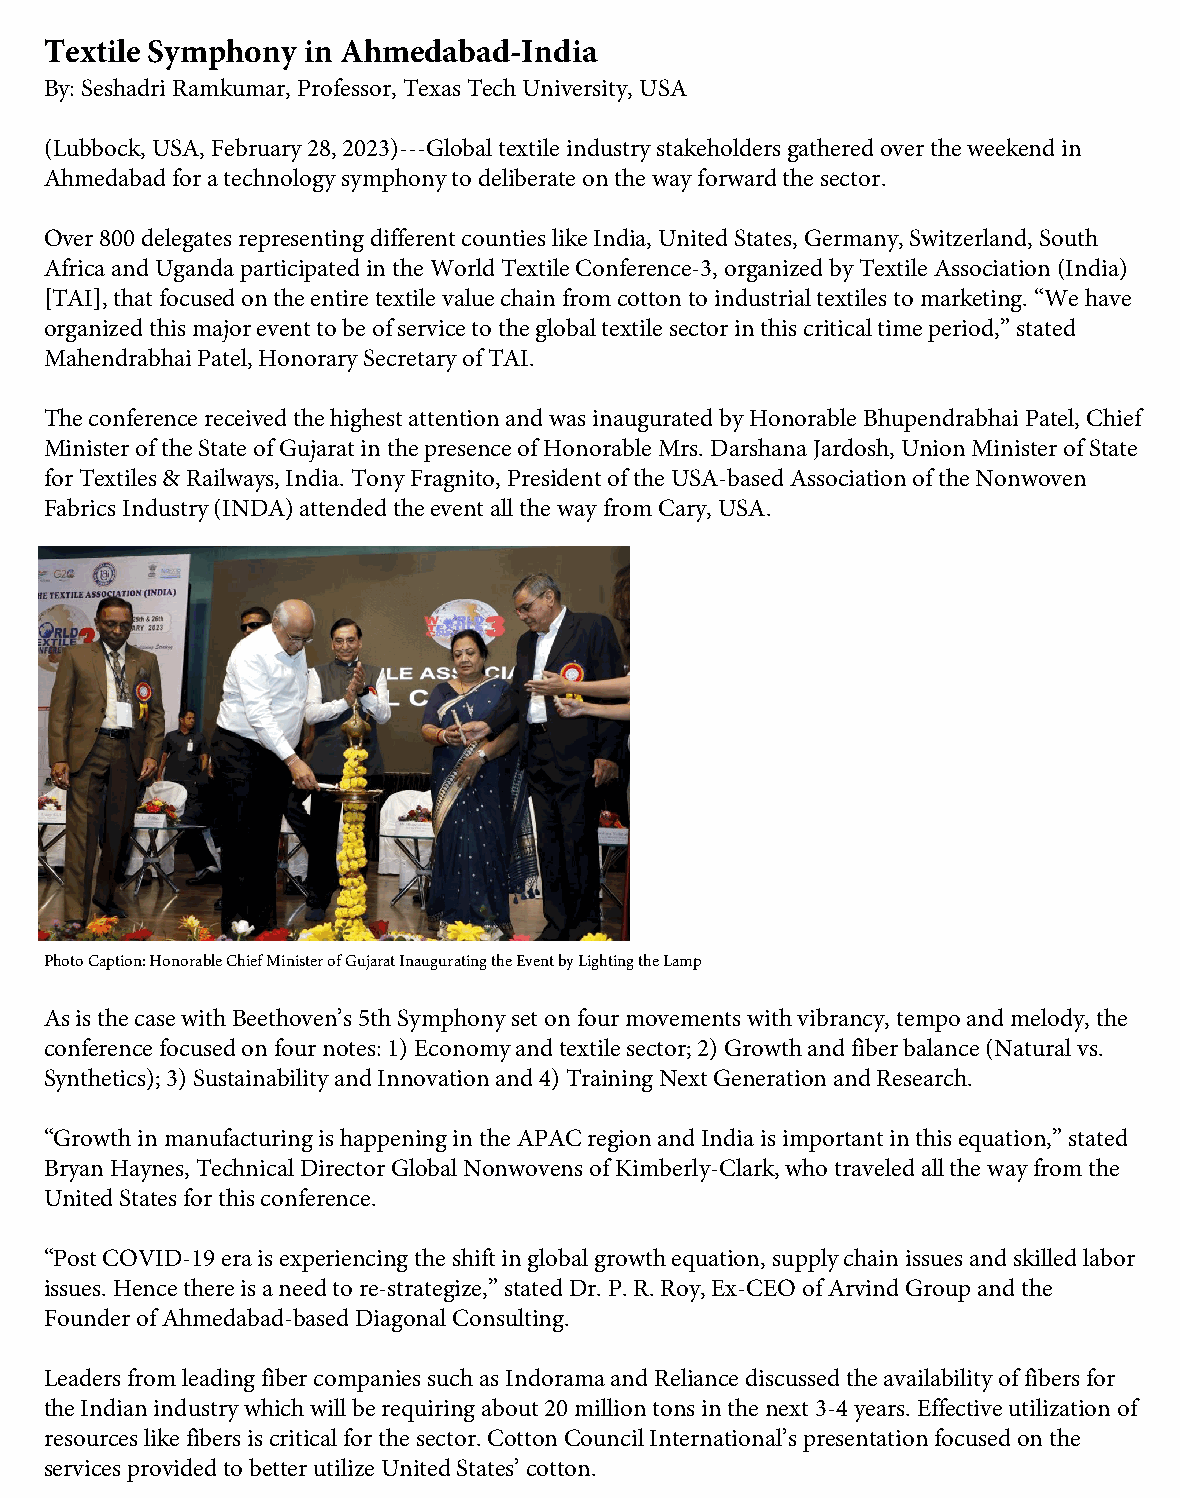
Textile Symphony in Ahmedabad-India
 By: Seshadri Ramkumar, Professor, Texas Tech University, USA
 (Lubbock, USA, February 28, 2023)---Global textile industry stakeholders gathered over the weekend in
 Ahmedabad for a technology symphony to deliberate on the way forward the sector.
 Over 800 delegates representing different counties like India, United States, Germany, Switzerland, South
 Africa and Uganda participated in the World Textile Conference-3, organized by Textile Association (India)
 [TAI], that focused on the entire textile value chain from cotton to industrial textiles to marketing. “We have
 organized this major event to be of service to the global textile sector in this critical time period,” stated
 Mahendrabhai Patel, Honorary Secretary of TAI.
 The conference received the highest attention and was inaugurated by Honorable Bhupendrabhai Patel, Chief
 Minister of the State of Gujarat in the presence of Honorable Mrs. Darshana Jardosh, Union Minister of State
 for Textiles & Railways, India. Tony Fragnito, President of the USA-based Association of the Nonwoven
 Fabrics Industry (INDA) attended the event all the way from Cary, USA.
 Photo Caption: Honorable Chief Minister of Gujarat Inaugurating the Event by Lighting the Lamp
 As is the case with Beethoven’s 5th Symphony set on four movements with vibrancy, tempo and melody, the
 conference focused on four notes: 1) Economy and textile sector; 2) Growth and fiber balance (Natural vs.
 Synthetics); 3) Sustainability and Innovation and 4) Training Next Generation and Research.
 “Growth in manufacturing is happening in the APAC region and India is important in this equation,” stated
 Bryan Haynes, Technical Director Global Nonwovens of Kimberly-Clark, who traveled all the way from the
 United States for this conference.
 “Post COVID-19 era is experiencing the shift in global growth equation, supply chain issues and skilled labor
 issues. Hence there is a need to re-strategize,” stated Dr. P. R. Roy, Ex-CEO of Arvind Group and the
 Founder of Ahmedabad-based Diagonal Consulting.
 Leaders from leading fiber companies such as Indorama and Reliance discussed the availability of fibers for
 the Indian industry which will be requiring about 20 million tons in the next 3-4 years. Effective utilization of
 resources like fibers is critical for the sector. Cotton Council International’s presentation focused on the
 services provided to better utilize United States’ cotton.